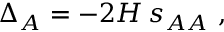
\Delta _ { A } = - 2 H \, s _ { A A } ~ ,